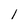
Character: l